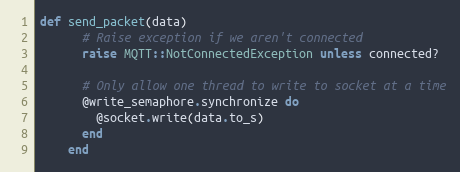
Language: Ruby
def send_packet(data)
      # Raise exception if we aren't connected
      raise MQTT::NotConnectedException unless connected?

      # Only allow one thread to write to socket at a time
      @write_semaphore.synchronize do
        @socket.write(data.to_s)
      end
    end